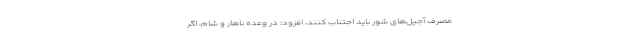
مصرف آجیل‌های شور باید اجتناب کنند، افزود: در وعده ناهار و شام، اگر